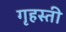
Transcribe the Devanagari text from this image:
गृहस्ती